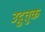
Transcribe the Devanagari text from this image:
उट्ठतुक